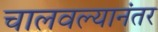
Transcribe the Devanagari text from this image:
चालवल्यानंतर